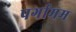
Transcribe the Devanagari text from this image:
पर्गामम